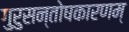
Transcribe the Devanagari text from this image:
गुरुसन्तोषकारणम्